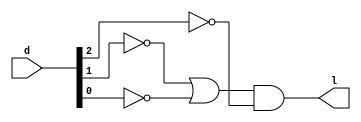
module p2(l, d); 
	output l; 
	input[2:0] d;
	
	not not2 (inv_d2, d[2]); 
	not not1 (inv_d1, d[1]);
	not not0 (inv_d0, d[0]); 
	
	or or1(in, inv_d1, inv_d0);
	and out(l, in, inv_d2);
endmodule